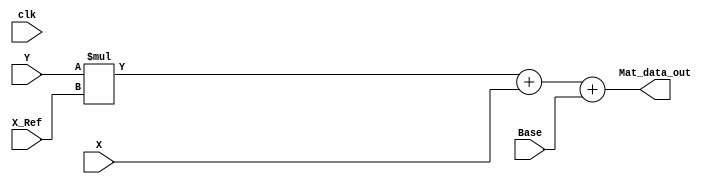
//X colum Y ROw
module Mat_X
    (input clk,
    input [15:0] X_Ref, 
    input [15:0] X,
    input [15:0] Base, 
    input [15:0] Y,
    output reg [15:0] Mat_data_out
    );
    


     always @(*)
        begin
            Mat_data_out <= Y*X_Ref + X+Base;
        end
endmodule